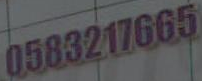
0583217665